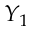
Y _ { 1 }